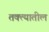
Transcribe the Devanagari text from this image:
तक्त्यातील